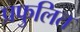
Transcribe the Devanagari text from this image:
प्रफुलित